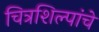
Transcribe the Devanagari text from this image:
चित्रशिल्पांचे